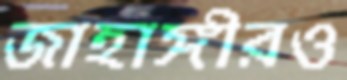
জাহাঙ্গীরও